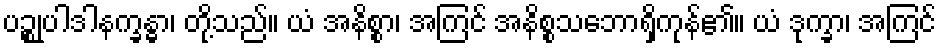
ပဉ္စုပါဒါနက္ခန္ဓာ၊ တို့သည်။ ယံ အနိစ္စာ၊ အကြင် အနိစ္စသဘောရှိကုန်၏။ ယံ ဒုက္ခာ၊ အကြင်